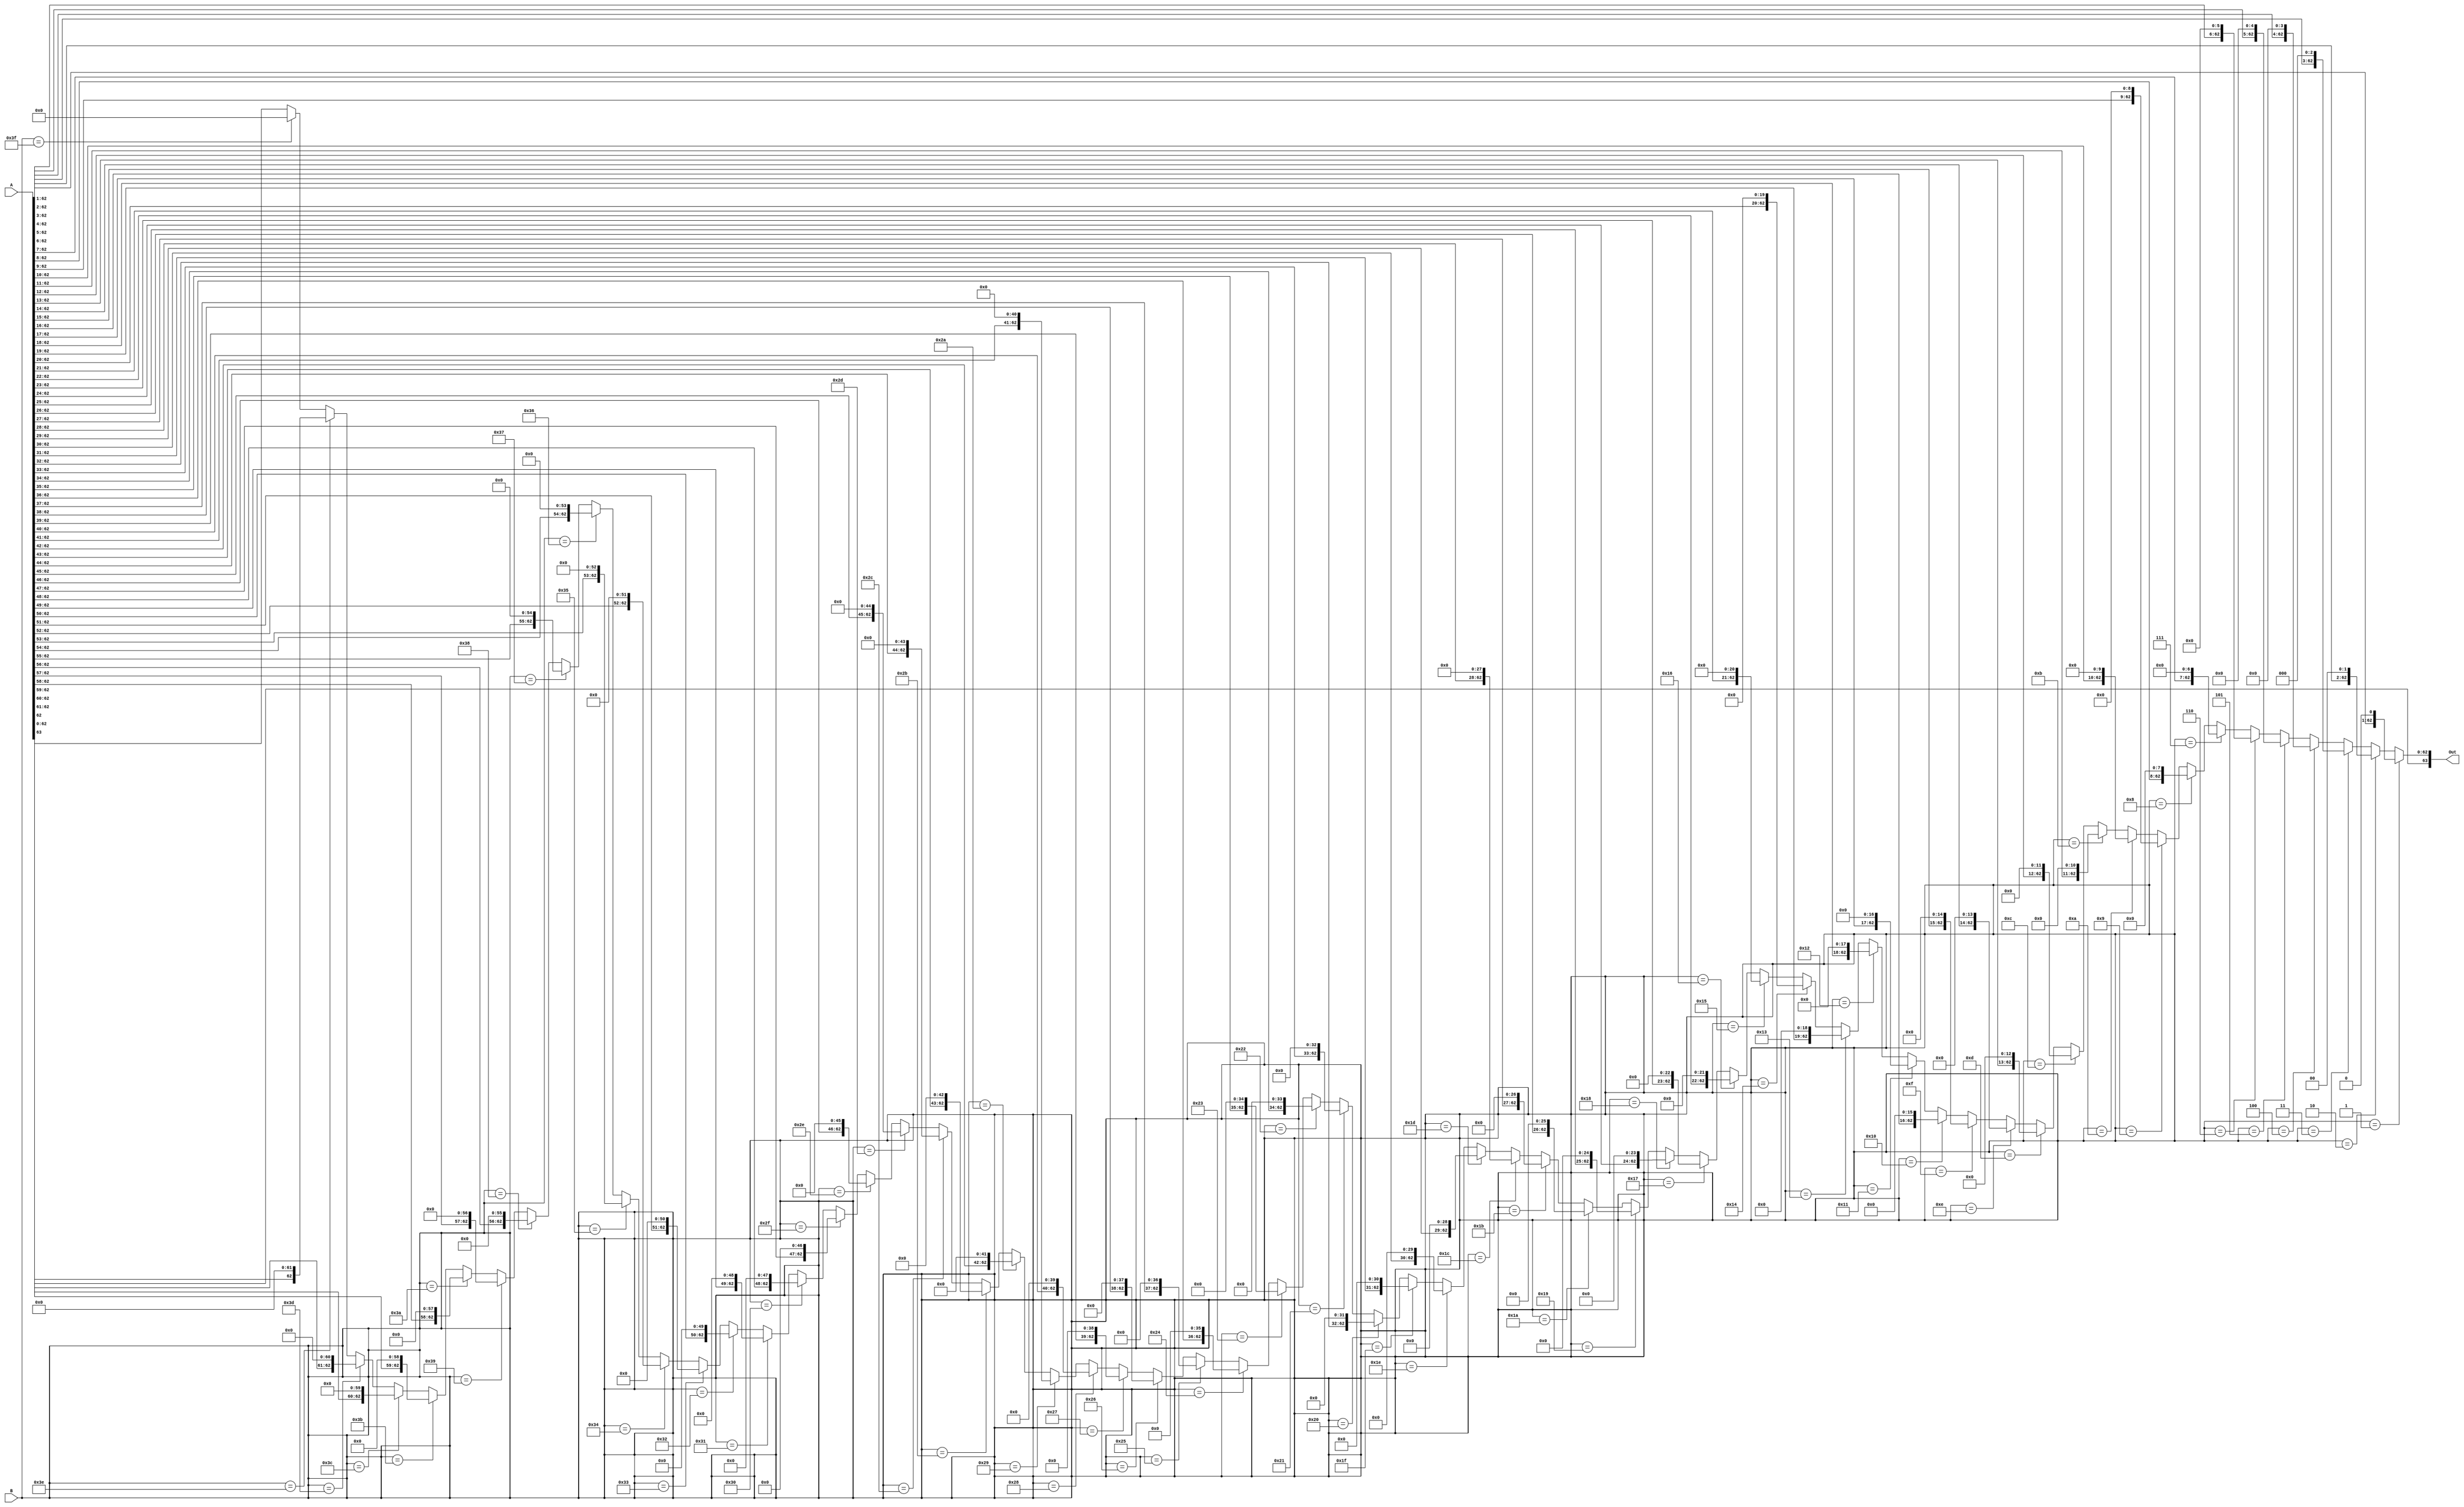
`timescale 1ns / 1ps
//////////////////////////////////////////////////////////////////////////////////
// Company: 
// Engineer: 
// 
// Design Name: 
// Module Name:    Masking_Module 
// Project Name: 
// Target Devices: 
// Tool versions: 
// Description: 
//
// Dependencies: 
//
// Revision: 
// Revision 0.01 - File Created
// Additional Comments: 
//
//////////////////////////////////////////////////////////////////////////////////
module Masking_Module(
input[63:0] A,
input[7:0] B,
output  [63:0] Out

    );
assign Out=(B==8'h1)?({A[63:1],1'h0}):
           ((B==8'h2)?({A[63:2],2'h0}):
           ((B==8'h3)?({A[63:3],3'h0}):
           ((B==8'h4)?({A[63:4],4'h0}):
           ((B==8'h5)?({A[63:5],5'h0}):
           ((B==8'h6)?({A[63:6],6'h0}):
           ((B==8'h7)?({A[63:7],7'h0}):
           ((B==8'h8)?({A[63:8],8'h0}):	
            ((B==8'h9)?({A[63:9],9'h0}):
           ((B==8'ha)?({A[63:10],10'h0}):
           ((B==8'hb)?({A[63:11],11'h0}):
           ((B==8'hc)?({A[63:12],12'h0}):
           ((B==8'hd)?({A[63:13],13'h0}):
           ((B==8'he)?({A[63:14],14'h0}):
           ((B==8'hf)?({A[63:15],15'h0}):	
            ((B==8'h10)?({A[63:16],16'h0}):
           ((B==8'h11)?({A[63:17],17'h0}):
           ((B==8'h12)?({A[63:18],18'h0}):
           ((B==8'h13)?({A[63:19],19'h0}):
           ((B==8'h14)?({A[63:20],20'h0}):
           ((B==8'h15)?({A[63:21],21'h0}):
           ((B==8'h16)?({A[63:22],22'h0}):
            ((B==8'h17)?({A[63:23],23'h0}):
           ((B==8'h18)?({A[63:24],24'h0}):
           ((B==8'h19)?({A[63:25],25'h0}):
           ((B==8'h1a)?({A[63:26],26'h0}):
           ((B==8'h1b)?({A[63:27],27'h0}):
           ((B==8'h1c)?({A[63:28],28'h0}):
           ((B==8'h1d)?({A[63:29],29'h0}):	
			  ((B==8'h1e)?({A[63:30],30'h0}):
           ((B==8'h1f)?({A[63:31],31'h0}):
           ((B==8'h20)?({A[63:32],32'h0}):
           ((B==8'h21)?({A[63:33],33'h0}):
           ((B==8'h22)?({A[63:34],34'h0}):
           ((B==8'h23)?({A[63:35],35'h0}):
           ((B==8'h24)?({A[63:36],36'h0}):	
           ((B==8'h25)?({A[63:37],37'h0}):
           ((B==8'h26)?({A[63:38],38'h0}):
           ((B==8'h27)?({A[63:39],39'h0}):
           ((B==8'h28)?({A[63:40],40'h0}):
           ((B==8'h29)?({A[63:41],41'h0}):
           ((B==8'h2a)?({A[63:42],42'h0}):
           ((B==8'h2b)?({A[63:43],43'h0}):	
           ((B==8'h2c)?({A[63:44],44'h0}):
           ((B==8'h2d)?({A[63:45],45'h0}):
           ((B==8'h2e)?({A[63:46],46'h0}):
           ((B==8'h2f)?({A[63:47],47'h0}):
           ((B==8'h30)?({A[63:48],48'h0}):
           ((B==8'h31)?({A[63:49],49'h0}):
           ((B==8'h32)?({A[63:50],50'h0}):
           ((B==8'h33)?({A[63:51],51'h0}):
           ((B==8'h34)?({A[63:52],52'h0}):
           ((B==8'h35)?({A[63:53],53'h0}):
           ((B==8'h36)?({A[63:54],54'h0}):
           ((B==8'h37)?({A[63:55],55'h0}):
           ((B==8'h38)?({A[63:56],56'h0}):
           ((B==8'h39)?({A[63:57],57'h0}):	
			  ((B==8'h3a)?({A[63:58],58'h0}):
           ((B==8'h3b)?({A[63:59],59'h0}):
           ((B==8'h3c)?({A[63:60],60'h0}):
           ((B==8'h3d)?({A[63:61],61'h0}):
           ((B==8'h3e)?({A[63:62],62'h0}):
           ((B==8'h3f)?({A[63],63'h0}):A))))))))))))))))))))))))))))))))))))))))))))))))))))))))))))));
           			  
endmodule